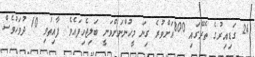
24 ގަޑިއިރުގެ ތެރޭގައި 800އަށްވުރެ ގިނަ މީހުންނަށްވަނީ ބަލިޖެހިފައެވެ. ފާއިތުވި 10 ދުވަހުވެސް